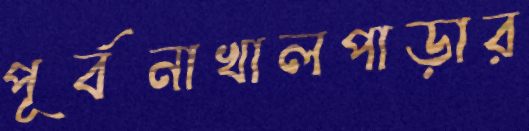
পূর্বনাখালপাড়ার